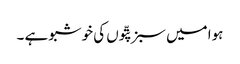
ہوا میں سبز پتّوں کی خوشبو ہے ۔